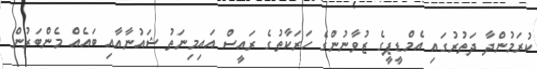
ކުރަމުންދާ ދަތުރުގައި އެމްޑީޕީގެ ޒުވާނުންގެ ހަރަކާތުގެ ރައީސް އައިމިނަތު ޝައުނާއާއި ބައެއް މެންބަރުން